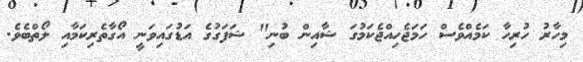
މިހާރު ހުރިހާ ކަމެއްވެސް ހަމަޖެހިއްޖެކަމުގަ ޝާއިން ބުނި" ޝަފަގުގެ އަޑުގައިވަނީ އޯގާތެރިކަމާއި ލޯތްބެވެ.